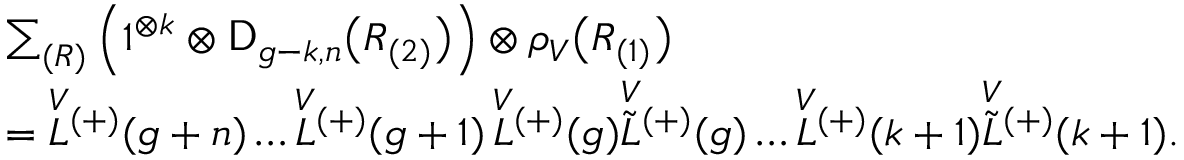
\begin{array} { l } { \sum _ { ( R ) } \left( 1 ^ { \otimes k } \otimes \mathsf { D } _ { g - k , n } \bigl ( R _ { ( 2 ) } \bigr ) \right) \otimes \rho _ { V } \bigl ( R _ { ( 1 ) } \bigr ) } \\ { = \overset { V } { L } { ^ { ( + ) } } ( g + n ) \ldots \overset { V } { L } { ^ { ( + ) } } ( g + 1 ) \, \overset { V } { L } { ^ { ( + ) } } ( g ) \overset { V } { \widetilde { L } } { ^ { ( + ) } } ( g ) \ldots \overset { V } { L } { ^ { ( + ) } } ( k + 1 ) \overset { V } { \widetilde { L } } { ^ { ( + ) } } ( k + 1 ) . } \end{array}